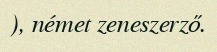
), német zeneszerző.